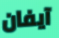
آيفان